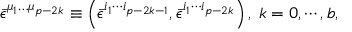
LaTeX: \bar { \epsilon } ^ { \mu _ { 1 } \ldots \mu _ { p - 2 k } } \equiv \left( \bar { \epsilon } ^ { i _ { 1 } \cdots i _ { p - 2 k - 1 } } , \bar { \epsilon } ^ { i _ { 1 } \cdots i _ { p - 2 k } } \right) , \; k = 0 , \cdots , b ,